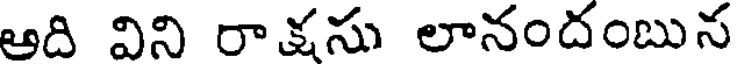
ఆది విని రాక్షసు లానందంబున